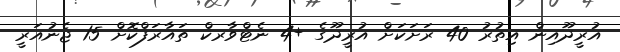
އުރީދޫއިން އިތުރު 40 ރަށަކަށް އުރީދޫގެ +4 ނެޓްވާރކް ތައާރަފްކޮށް 15 ޖެނުއަރީ